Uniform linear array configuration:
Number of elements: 12
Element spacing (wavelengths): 1
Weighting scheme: cosine
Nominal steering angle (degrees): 60
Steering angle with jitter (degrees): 59.553
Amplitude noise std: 0.05
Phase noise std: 0.05

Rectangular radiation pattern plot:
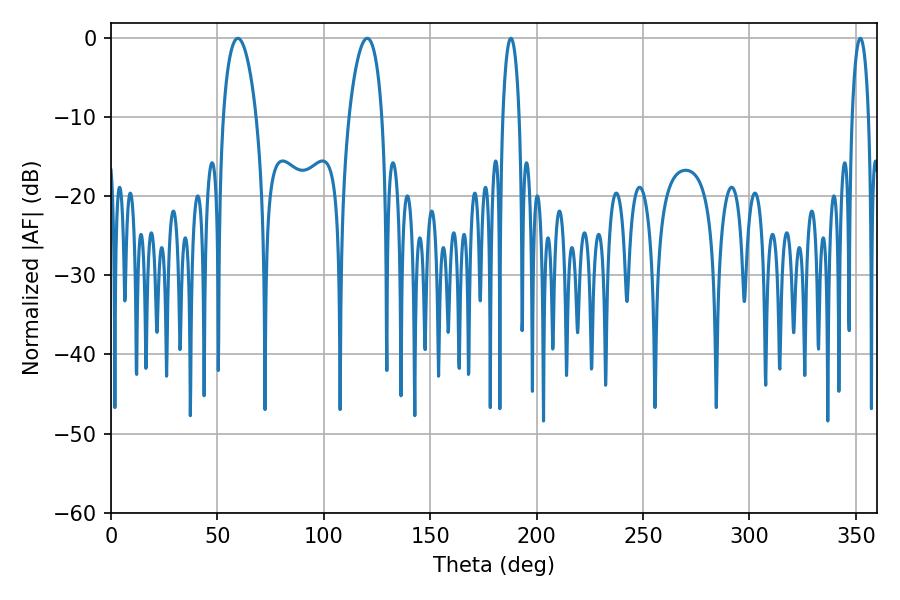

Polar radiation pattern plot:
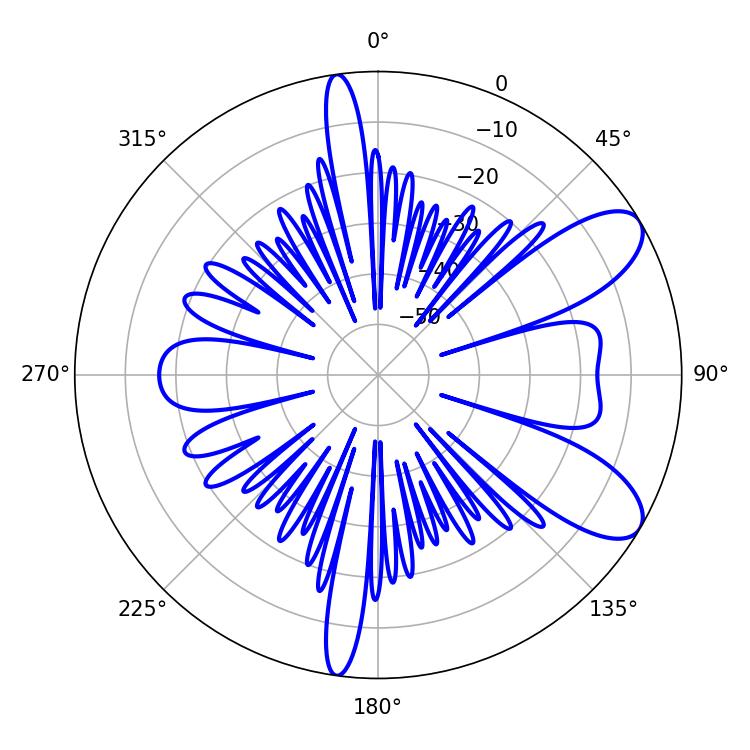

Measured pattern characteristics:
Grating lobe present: TRUE
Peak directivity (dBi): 8.836
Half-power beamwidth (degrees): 8.82
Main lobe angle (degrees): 59.58